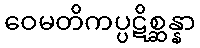
ဝေမတိကပ္ပဋိစ္ဆန္နာ